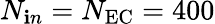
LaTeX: N_{\mathbf{i}n}=N_{\mathrm{{EC}}}=400